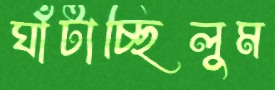
ঘাঁটাচ্ছিলুম